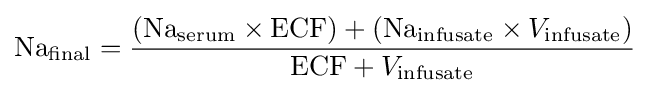
{\text{Na}}_{\text{final}}={\frac {({\text{Na}}_{\text{serum}}\times {\text{ECF}})+({\text{Na}}_{\text{infusate}}\times V_{\text{infusate}})}{{\text{ECF}}+V_{\text{infusate}}}}